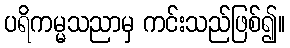
ပရိကမ္မသညာမှ ကင်းသည်ဖြစ်၍။